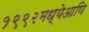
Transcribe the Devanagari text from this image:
१९९२मध्येआणि